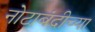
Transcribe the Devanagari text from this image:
नोटाबंदीच्या